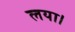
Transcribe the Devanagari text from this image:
लया।